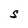
Character: S